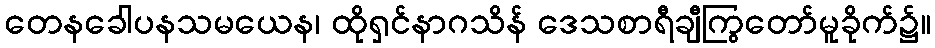
တေနခေါပနသမယေန၊ ထိုရှင်နာဂသိန် ဒေသစာရီချီကြွတော်မူခိုက်၌။